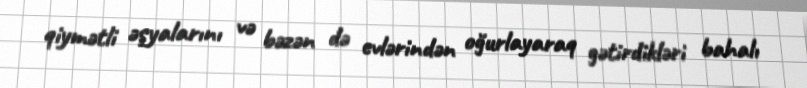
qiymətli əşyalarını və bəzən də evlərindən oğurlayaraq gətirdikləri bahalı